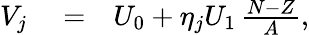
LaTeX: \begin{array}{rlr}{V_{j}}&{{}=}&{U_{0}+\eta_{j}U_{1}\, \frac{N-Z}{A},}\end{array}